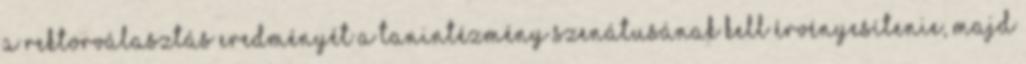
a rektorválasztás eredményét a tanintézmény szenátusának kell érvényesítenie, majd